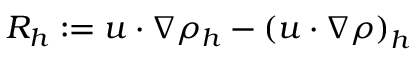
R _ { h } : = u \cdot \nabla \rho _ { h } - \left( u \cdot \nabla \rho \right) _ { h }